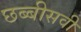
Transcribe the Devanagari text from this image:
छब्बीसवी